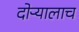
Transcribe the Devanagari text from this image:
दोऱ्यालाच